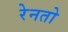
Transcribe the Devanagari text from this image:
रेनतो